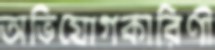
অভিযোগকারিণী